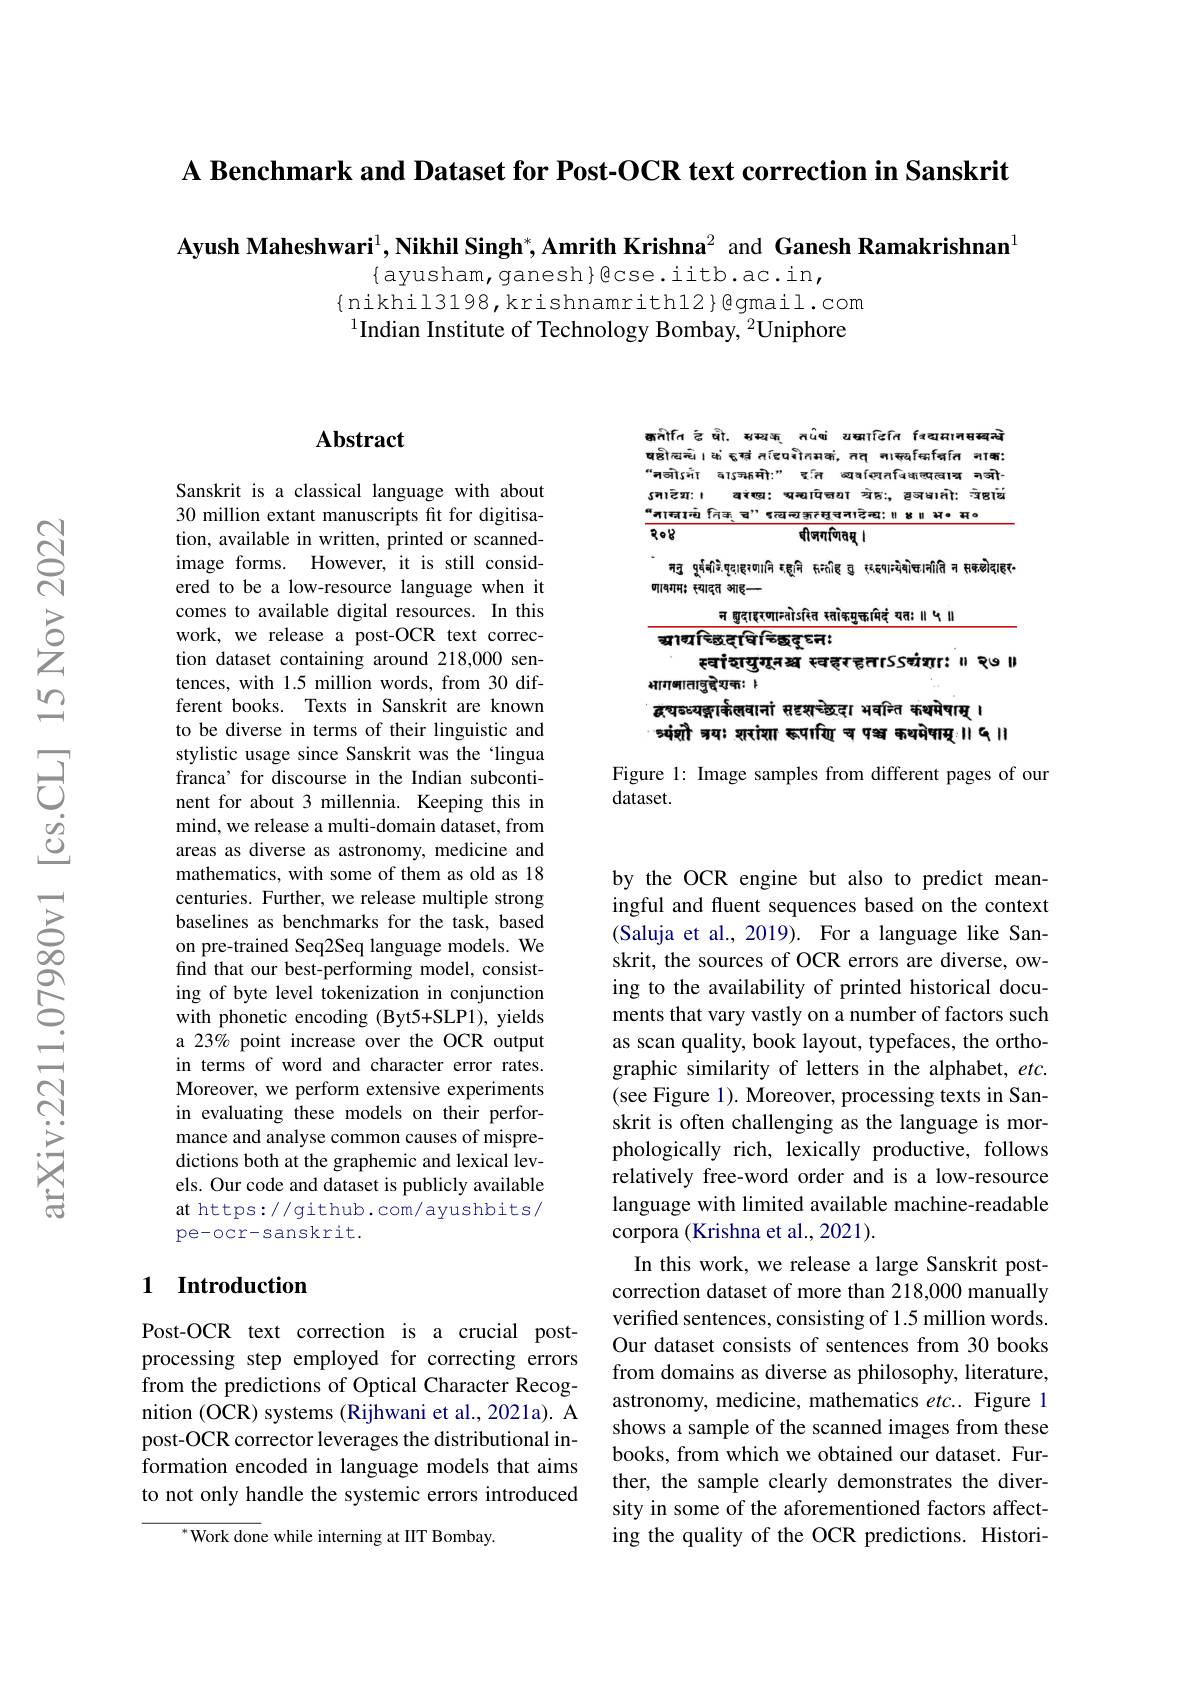
A Benchmark and Dataset for Post-OCR text correction in Sanskrit

Ayush Maheshwari$^1,\textbf{Nikhil Singh}^*,\textbf{Amrith Krishna}^2$ and Ganesh Ramakrishnan$^1$

$\{$ayusham, ganesh}gcse.iitb.ac.in,
$\{$nikhil3198,krishnamrith12}@gmail.com $^{1}$Indian Institute of Technology Bombay, $^{2}$Uniphore

## $\mathbf{Abstract}$

Sanskrit is a classical language with about 30 million extant manuscripts fit for digitisation, available in written, printed or scannedimage forms. However, it is still considered to be a low-resource language when it comes to available digital resources. In this work, we release a post-OCR text correction dataset containing around 218,000 sentences, with 1.5 million words, from 30 different books. Texts in Sanskrit are known to be diverse in terms of their linguistic and stylistic usage since Sanskrit was the `lingua franca’ for discourse in the Indian subcontinent for about 3 millennia. Keeping this in mind, we release a multi-domain dataset, from areas as diverse as astronomy, medicine and mathematics, with some of them as old as 18 centuries. Further, we release multiple strong baselines as benchmarks for the task, based on pre-trained Seq2Seq language models. We find that our best-performing model, consisting of byte level tokenization in conjunction with phonetic encoding (Byt5+SLP1), yields a 23% point increase over the OCR output in terms of word and character error rates. Moreover, we perform extensive experiments in evaluating these models on their performance and analyse common causes of mispredictions both at the graphemic and lexical levels. Our code and dataset is publicly available at https://github.com/ayushbits/ pe-ocr-sanskrit.

## 1 Introduction

Post-OCR text correction is a crucial postprocessing step employed for correcting errors from the predictions of Optical Character Recognition (OCR) systems (Rijhwani et al., 2021a). A post-OCR corrector leverages the distributional information encoded in language models that aims to not only handle the systemic errors introduced

${^*\text{Work don}}$e while interning at IIT Bombay.

क्तरीति हं चो. सस्यक् तंपंषं यम्मादित fवद्यमानसब्ये षहुोखन्धे। कं दूग्तं सांटपरीतभकं, तत्त गास्वांम्माचात नाक: “नजी§गँ बाअच्फ़मो:" र्त ब्वश ळ्षर्थार्रतविवकल्पत्वाच नजो- งनाटेग़: ा वरंख़ः भ्वऋापिचया ग्रेफः, ह्वञथातोः न्शष्ठांच $^{\alpha}$नाम्वान्यं निक् च" दत्यन्य कुत्सनादेन्य: ा ४ा भ॰ म०
$૨૦ઢ$
$\overline{\text{बीजगणितस् ।}}$
ननु पूर्वंबिचे.षृदाइ२णानि दहूनि सन्तीह ठु ररह१ान्येषोचानीति न सक़ङोदाहर-
णावगमः स्यादत आइ——
न हुदाइरणानतोंडसित सतोकमुक्ताभिदं यतः ।५।
স্রাগ্রেছিল্ছেহঘিন্ছিকুকু চনা
स्वांश्युगूनश्य स्वह्रन्टूतांSSचंश्या: II ९७ II
मागबाताचुच्चेशकः $\sharp$
ढ़चढःयङूार्कसवानां सहशन्छेदा भवनित फंथपेषाम् ा
ร्यंशो चयः शरांशा हपारिए् च पभ्व कथवेषाम् ।। द।।

Figure 1: Image samples from different pages of our
dataset.

by the OCR engine but also to predict meaningful and fluent sequences based on the context (Saluja et al., 2019). For a language like Sanskrit, the sources of OCR errors are diverse, owing to the availability of printed historical documents that vary vastly on a number of factors such as scan quality, book layout, typefaces, the orthographic similarity of letters in the alphabet, $etc.$ (see Figure 1). Moreover, processing texts in Sanskrit is often challenging as the language is morphologically rich, lexically productive, follows relatively free-word order and is a low-resource language with limited available machine-readable corpora (Krishna et al., 2021).
In this work, we release a large Sanskrit postcorrection dataset of more than 218,000 manually verified sentences, consisting of 1.5 million words. Our dataset consists of sentences from 30 books from domains as diverse as philosophy, literature, astronomy, medicine, mathematics etc.. Figure 1 shows a sample of the scanned images from these books, from which we obtained our dataset. Further, the sample clearly demonstrates the diversity in some of the aforementioned factors affecting the quality of the OCR predictions. Histori-